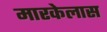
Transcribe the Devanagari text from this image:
मारकेलास